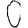
Digit: 0